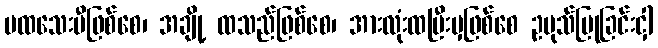
မထသေးမီဖြစ်စေ၊ အချို့ ထသည်ဖြစ်စေ၊ အားလုံးထပြီးမှဖြစ်စေ ဥပုသ်ပြုခြင်းငှါ